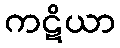
ကဋိယာ